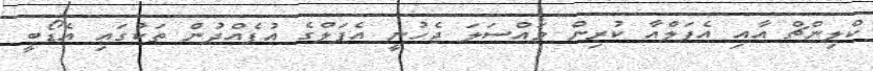
ކްލިންޗް އާއި އެޕަލްއާ ކުރިން މައްސަލަ ޖެހުނީ އެޕަލްގެ އުފެއްދުން ތަކުގައި އެޑޯބީ